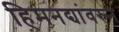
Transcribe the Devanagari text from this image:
हिमनद्यांवरुन